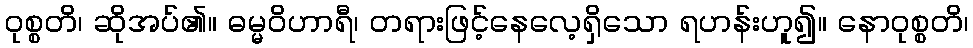
ဝုစ္စတိ၊ ဆိုအပ်၏။ ဓမ္မဝိဟာရီ၊ တရားဖြင့်နေလေ့ရှိသော ရဟန်းဟူ၍။ နောဝုစ္စတိ၊